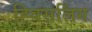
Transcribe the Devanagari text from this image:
ह्विसलिंग